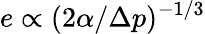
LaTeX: e\propto(2\alpha/\Delta p)^{-1/3}